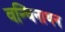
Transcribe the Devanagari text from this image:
वन्चिनाथन